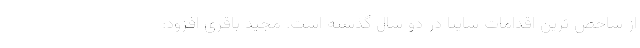
از شاخص ترین اقدامات سایپا در دو سال گذشته است. مجید باقری افزود: